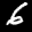
Label: 6